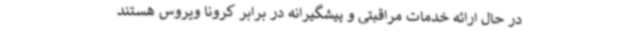
در حال ارائه خدمات مراقبتی و پیشگیرانه در برابر کرونا ویروس هستند